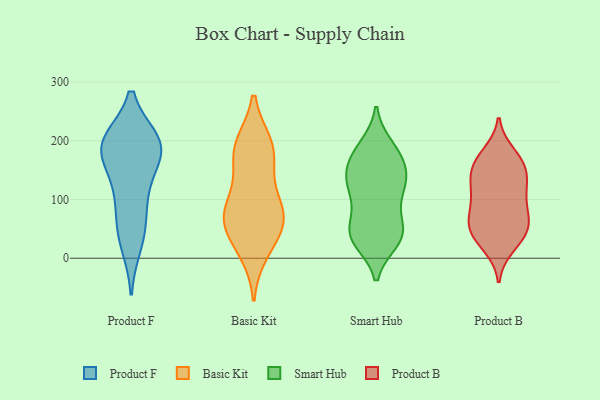
{"axis": {"x": "Shipments", "y": "Value"}, "legend": ["Basic Kit", "Product B", "Product F", "Smart Hub"], "data": [{"x": "", "y": 181, "type": "Product F"}, {"x": "", "y": 190, "type": "Product F"}, {"x": "", "y": 168, "type": "Product F"}, {"x": "", "y": 197, "type": "Product F"}, {"x": "", "y": 67, "type": "Product F"}, {"x": "", "y": 23, "type": "Product F"}, {"x": "", "y": 111, "type": "Product F"}, {"x": "", "y": 195, "type": "Product F"}, {"x": "", "y": 199, "type": "Product F"}, {"x": "", "y": 119, "type": "Product F"}, {"x": "", "y": 44, "type": "Product F"}, {"x": "", "y": 198, "type": "Product F"}, {"x": "", "y": 192, "type": "Basic Kit"}, {"x": "", "y": 182, "type": "Basic Kit"}, {"x": "", "y": 82, "type": "Basic Kit"}, {"x": "", "y": 68, "type": "Basic Kit"}, {"x": "", "y": 13, "type": "Basic Kit"}, {"x": "", "y": 91, "type": "Basic Kit"}, {"x": "", "y": 34, "type": "Basic Kit"}, {"x": "", "y": 190, "type": "Basic Kit"}, {"x": "", "y": 158, "type": "Basic Kit"}, {"x": "", "y": 76, "type": "Basic Kit"}, {"x": "", "y": 62, "type": "Basic Kit"}, {"x": "", "y": 30, "type": "Smart Hub"}, {"x": "", "y": 85, "type": "Smart Hub"}, {"x": "", "y": 142, "type": "Smart Hub"}, {"x": "", "y": 117, "type": "Smart Hub"}, {"x": "", "y": 39, "type": "Smart Hub"}, {"x": "", "y": 117, "type": "Smart Hub"}, {"x": "", "y": 184, "type": "Smart Hub"}, {"x": "", "y": 190, "type": "Smart Hub"}, {"x": "", "y": 46, "type": "Smart Hub"}, {"x": "", "y": 33, "type": "Smart Hub"}, {"x": "", "y": 176, "type": "Smart Hub"}, {"x": "", "y": 57, "type": "Smart Hub"}, {"x": "", "y": 116, "type": "Smart Hub"}, {"x": "", "y": 139, "type": "Smart Hub"}, {"x": "", "y": 155, "type": "Smart Hub"}, {"x": "", "y": 132, "type": "Smart Hub"}, {"x": "", "y": 44, "type": "Smart Hub"}, {"x": "", "y": 173, "type": "Smart Hub"}, {"x": "", "y": 35, "type": "Smart Hub"}, {"x": "", "y": 178, "type": "Product B"}, {"x": "", "y": 157, "type": "Product B"}, {"x": "", "y": 20, "type": "Product B"}, {"x": "", "y": 98, "type": "Product B"}, {"x": "", "y": 109, "type": "Product B"}, {"x": "", "y": 26, "type": "Product B"}, {"x": "", "y": 79, "type": "Product B"}, {"x": "", "y": 51, "type": "Product B"}, {"x": "", "y": 166, "type": "Product B"}, {"x": "", "y": 129, "type": "Product B"}, {"x": "", "y": 47, "type": "Product B"}, {"x": "", "y": 50, "type": "Product B"}, {"x": "", "y": 152, "type": "Product B"}, {"x": "", "y": 166, "type": "Product B"}, {"x": "", "y": 132, "type": "Product B"}, {"x": "", "y": 124, "type": "Product B"}, {"x": "", "y": 83, "type": "Product B"}, {"x": "", "y": 61, "type": "Product B"}, {"x": "", "y": 51, "type": "Product B"}]}